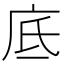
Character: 底